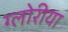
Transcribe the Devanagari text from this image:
ग्लोरीया